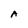
Character: A